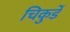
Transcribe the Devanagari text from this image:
चिकुर्डे